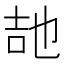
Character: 𭇠